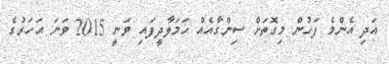
އަދި އެންމެ ފަހުން މިގޮތަށް ސިންގާއެއް ހަމަލާދީފައި ވަނީ 2015 ވަނަ އަހަރުގެ